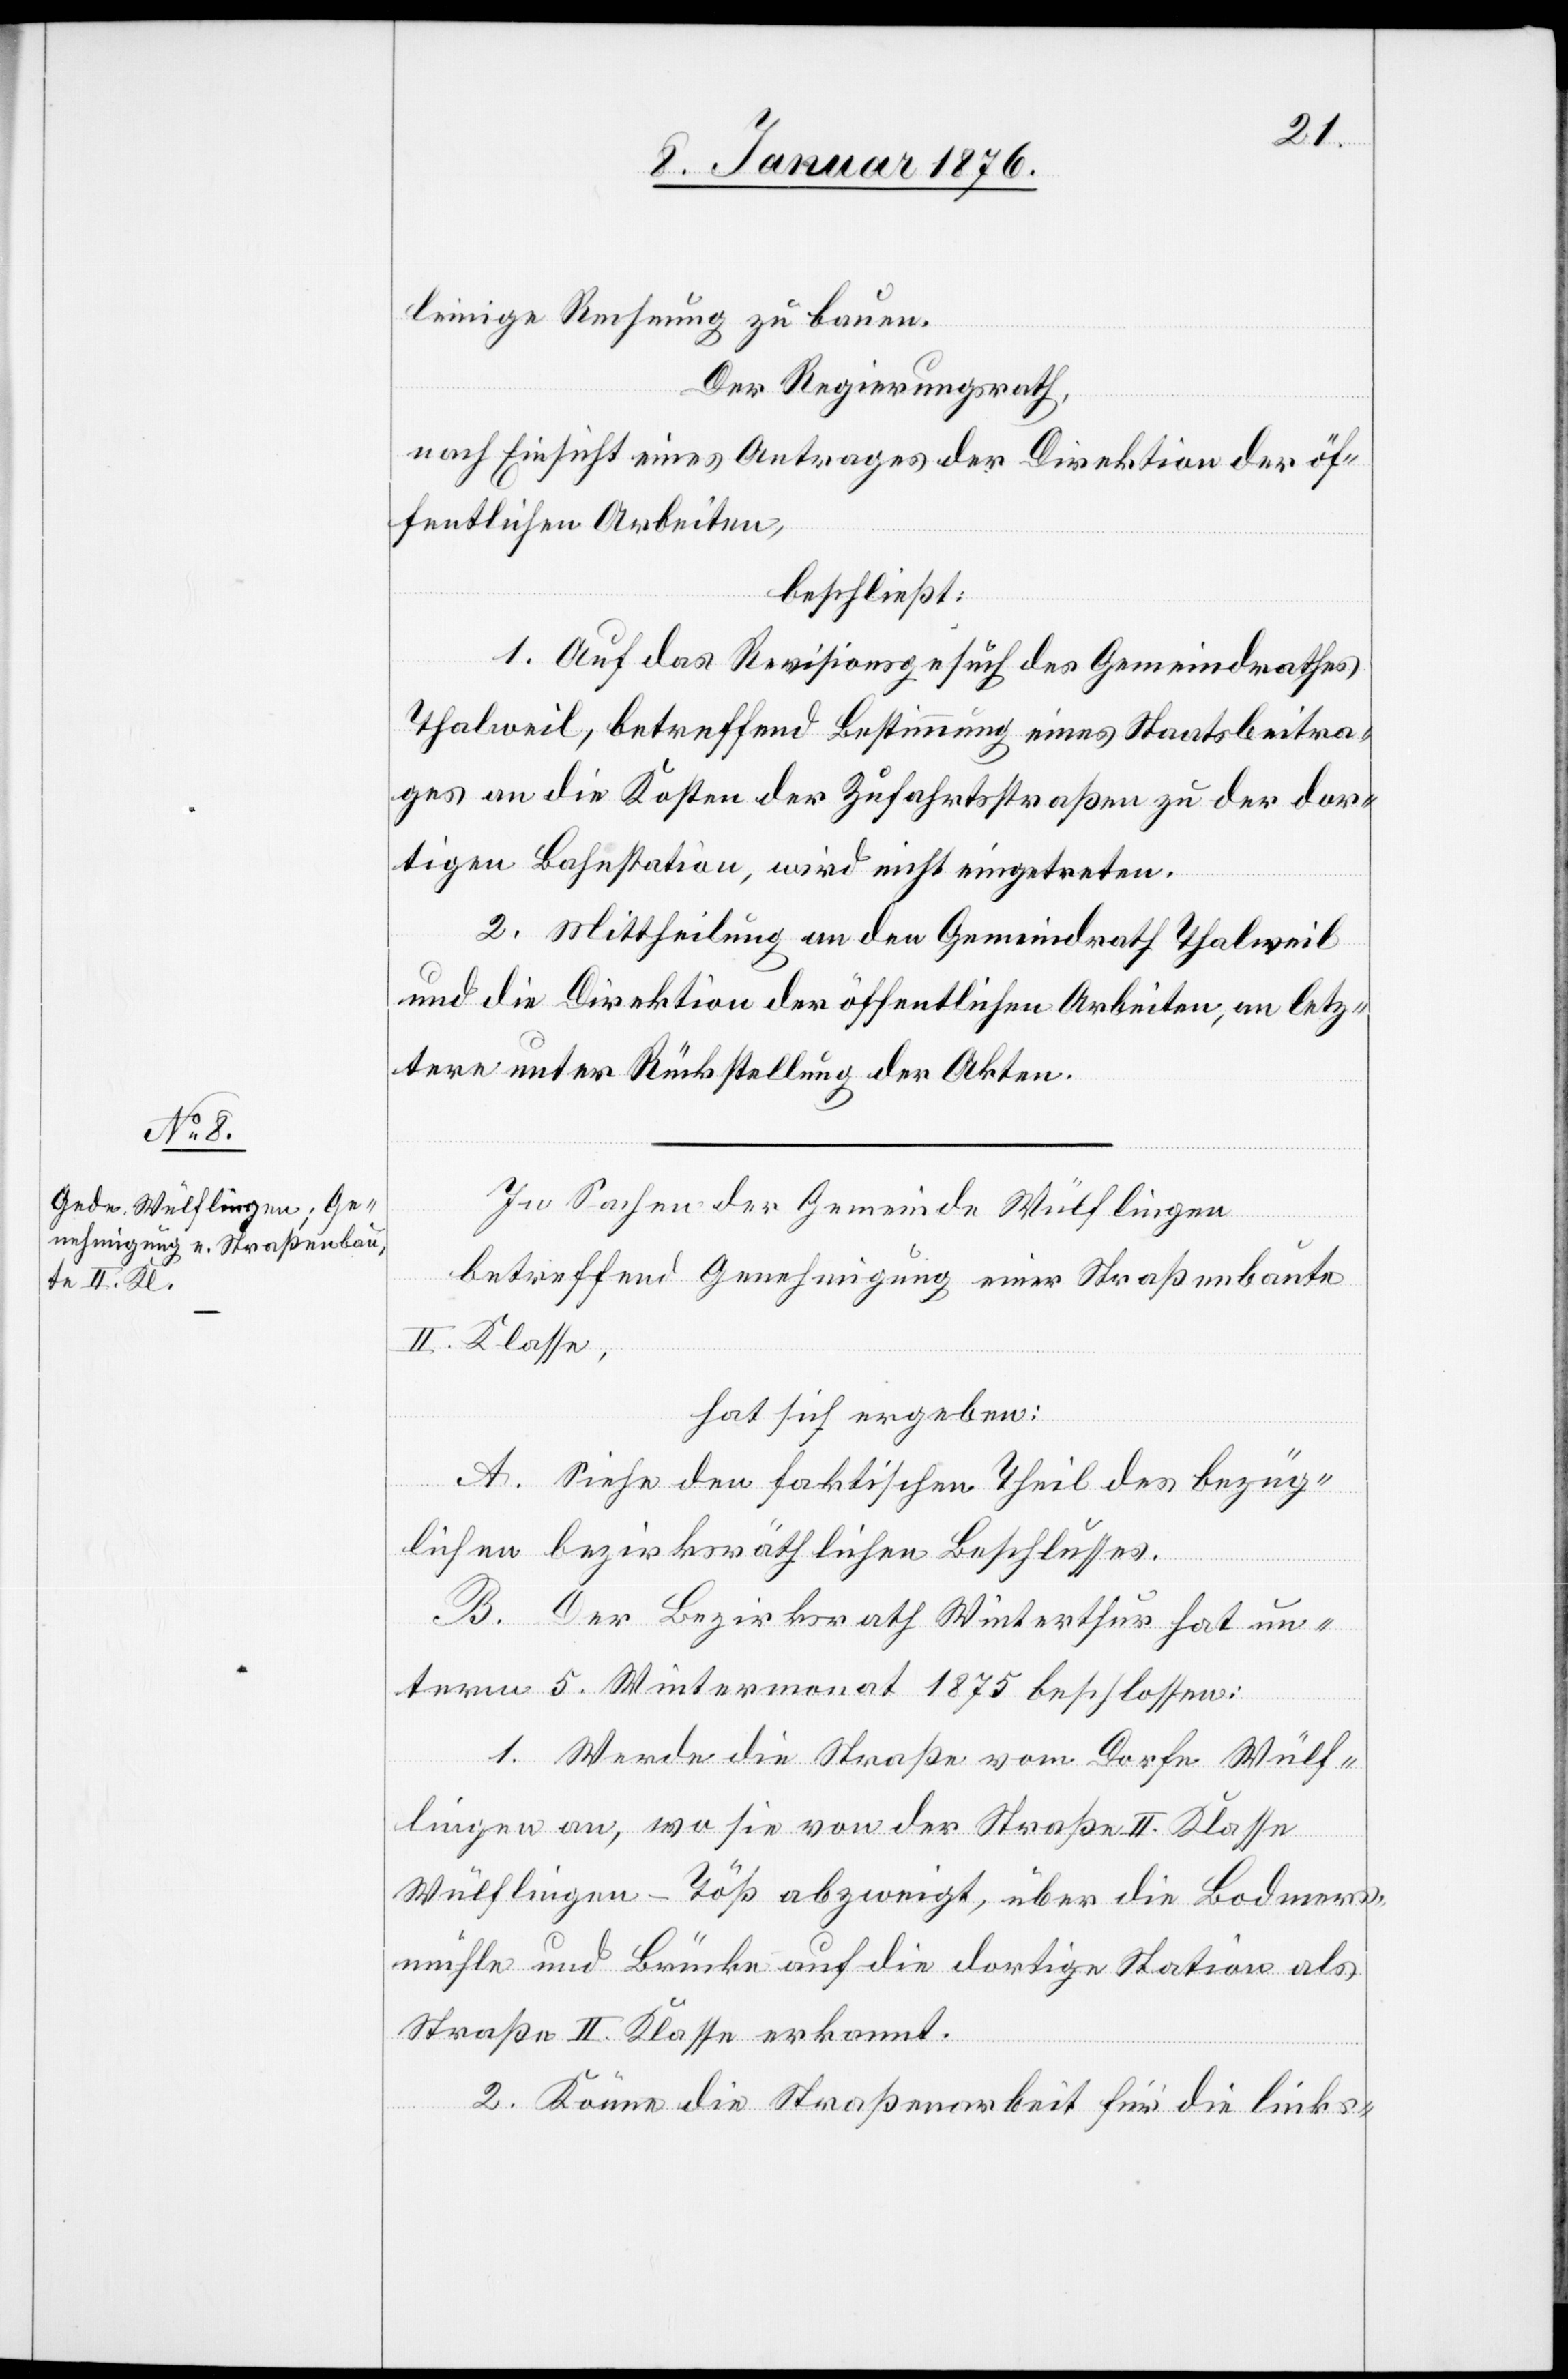
leinige Rechnung zu bauen.
Der Regierungsrath,
nach Einsicht eines Antrages der Direktion der öf¬
fentlichen Arbeiten,
beschließt:
1. Auf das Revisionsgesuch des Gemeindrathes
Thalweil, betreffend Bestimmung eines Staatsbeitra¬
ges an die Kosten der Zufahrtsstraßen zu der dor¬
tigen Bahnstation, wird nicht eingetreten.
2. Mittheilung an den Gemeindrath Thalweil
und die Direktion der öffentlichen Arbeiten, an letz¬
tere unter Rückstellung der Akten.
In Sachen der Gemeinde Wülflingen
betreffend Genehmigung einer Straßenbaute
II. Klasse,
hat sich ergeben:
A. Siehe den faktischen Theil des bezüg¬
lichen bezirksräthlichen Beschlusses.
B. Der Bezirksrath Winterthur hat un¬
term 5. Wintermonat 1875 beschlossen:
1. Werde die Straße vom Dorfe Wülf¬
lingen an, wo sie von der Straße II. Klasse
Wülflingen-Töß abzweigt, über die Bodmers¬
mühle und Brücke auf die dortige Station als
Straße II. Klasse erkannt.
2. Könne die Straßenarbeit für die links-